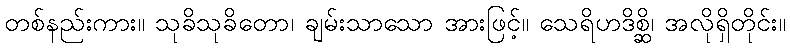
တစ်နည်းကား။ သုခိသုခိတော၊ ချမ်းသာသော အားဖြင့်။ သေရိဟဒိစ္ဆိ၊ အလိုရှိတိုင်း။